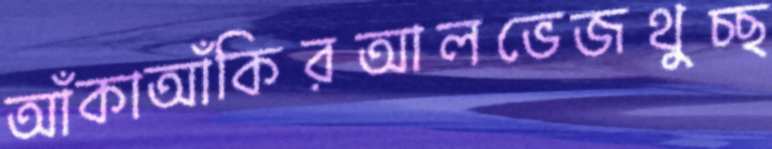
আঁকাআঁকিরআলভেজথুচ্ছ